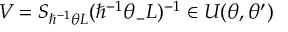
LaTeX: V = S _ { \hbar ^ { - 1 } \theta { \cal L } } ( \hbar ^ { - 1 } \theta _ { - } { \cal L } ) ^ { - 1 } \in { \cal U } ( \theta , \theta ^ { \prime } )